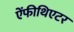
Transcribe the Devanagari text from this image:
ऐंफीथिएटर